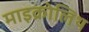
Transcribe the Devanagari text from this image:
माइक्रोलिथ